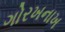
ગોરખનાખ